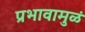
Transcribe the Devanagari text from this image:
प्रभावामुळं